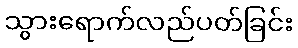
သွားရောက်လည်ပတ်ခြင်း